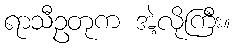
ရာသီဥတုက အဲ့လိုကြီး။